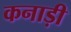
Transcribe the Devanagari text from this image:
कनाड़ी